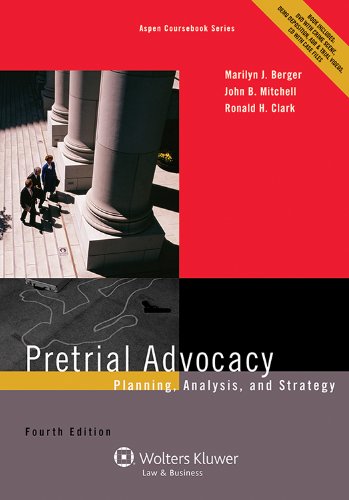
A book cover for Pretrial Advocacy: Planning, Analysis, and Strategy, Fourth Edition (Aspen Coursebook); Marilyn J. Berger; Law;